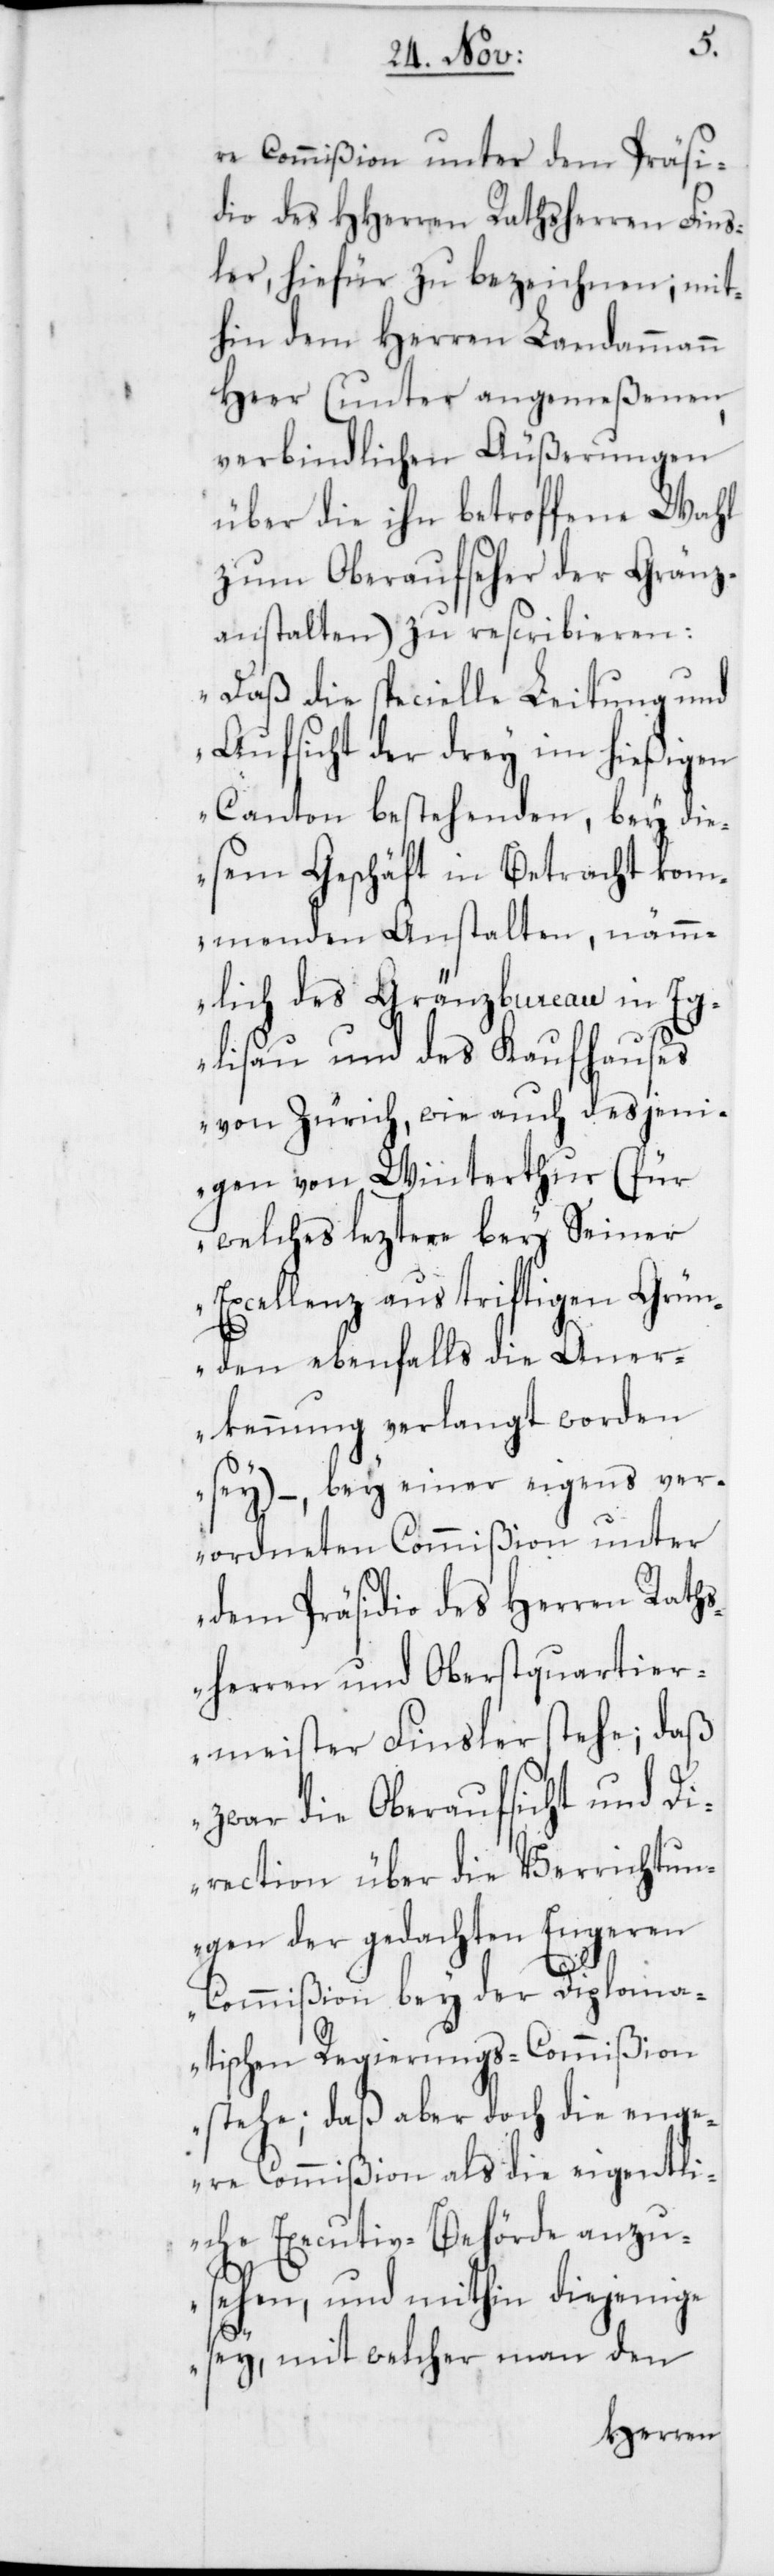
re Commißion unter dem Präsi¬
dio des HHerren Rathsherren Fins¬
ler, hiefür zu bezeichnen, mit¬
hin dem Herren Landammann
Heer (unter angemeßenen
verbindlichen Äußerungen
über die ihn betroffene Wahl
zum Oberaufseher der Gränz¬
anstalten) zu rescribieren:
„Daß die specielle Leitung und
Aufsicht der drey im hießigen
Canton bestehenden, bey die¬
sem Geschäft in Betracht kom¬
menden Anstalten, näm¬
mlich des Gränzbureau in Eg¬
lisau und des Kaufhauses
von Zürich, wie auch desjeni¬
gen von Winterthur (für
welches leztere bey Seiner
Excellenz aus triftigen Grün¬
den ebenfalls die Aner¬
kennung verlangt worden
sey), – bey einer eigens ver¬
ordneten Commißion unter
dem Präsidio des Herren Raths¬
herren und Oberstquartier¬
meister Finsler stehe; daß
zwar die Oberaufsicht und Di¬
rection über die Verrichtun¬
gen der gedachten Engeren
Commißion bey der Diploma¬
tischen Regierungs-Commißion
stehe; daß aber doch die enge¬
re Commißion als die eigentli¬
che Executiv-Behörde anzu¬
sehen, und mithin diejenige
sey, mit welcher man den